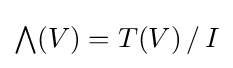
{\textstyle \bigwedge }(V)=T(V)\,/\,I